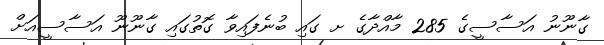
ގާނޫނު އަސާސީގެ 285 މާއްދާގެ ށ ގައި ބުނެފައިވާ ގޮތުގައި ގާނޫނޫ އަސާސީއަށް